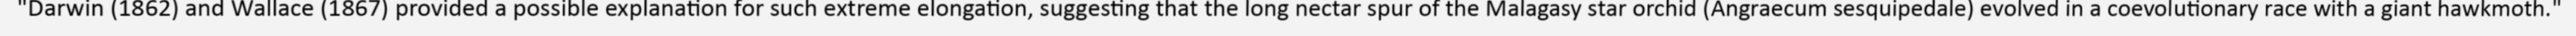
"Darwin (1862) and Wallace (1867) provided a possible explanation for such extreme elongation, suggesting that the long nectar spur of the Malagasy star orchid (Angraecum sesquipedale) evolved in a coevolutionary race with a giant hawkmoth."